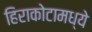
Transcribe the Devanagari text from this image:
हिराकोटामध्ये